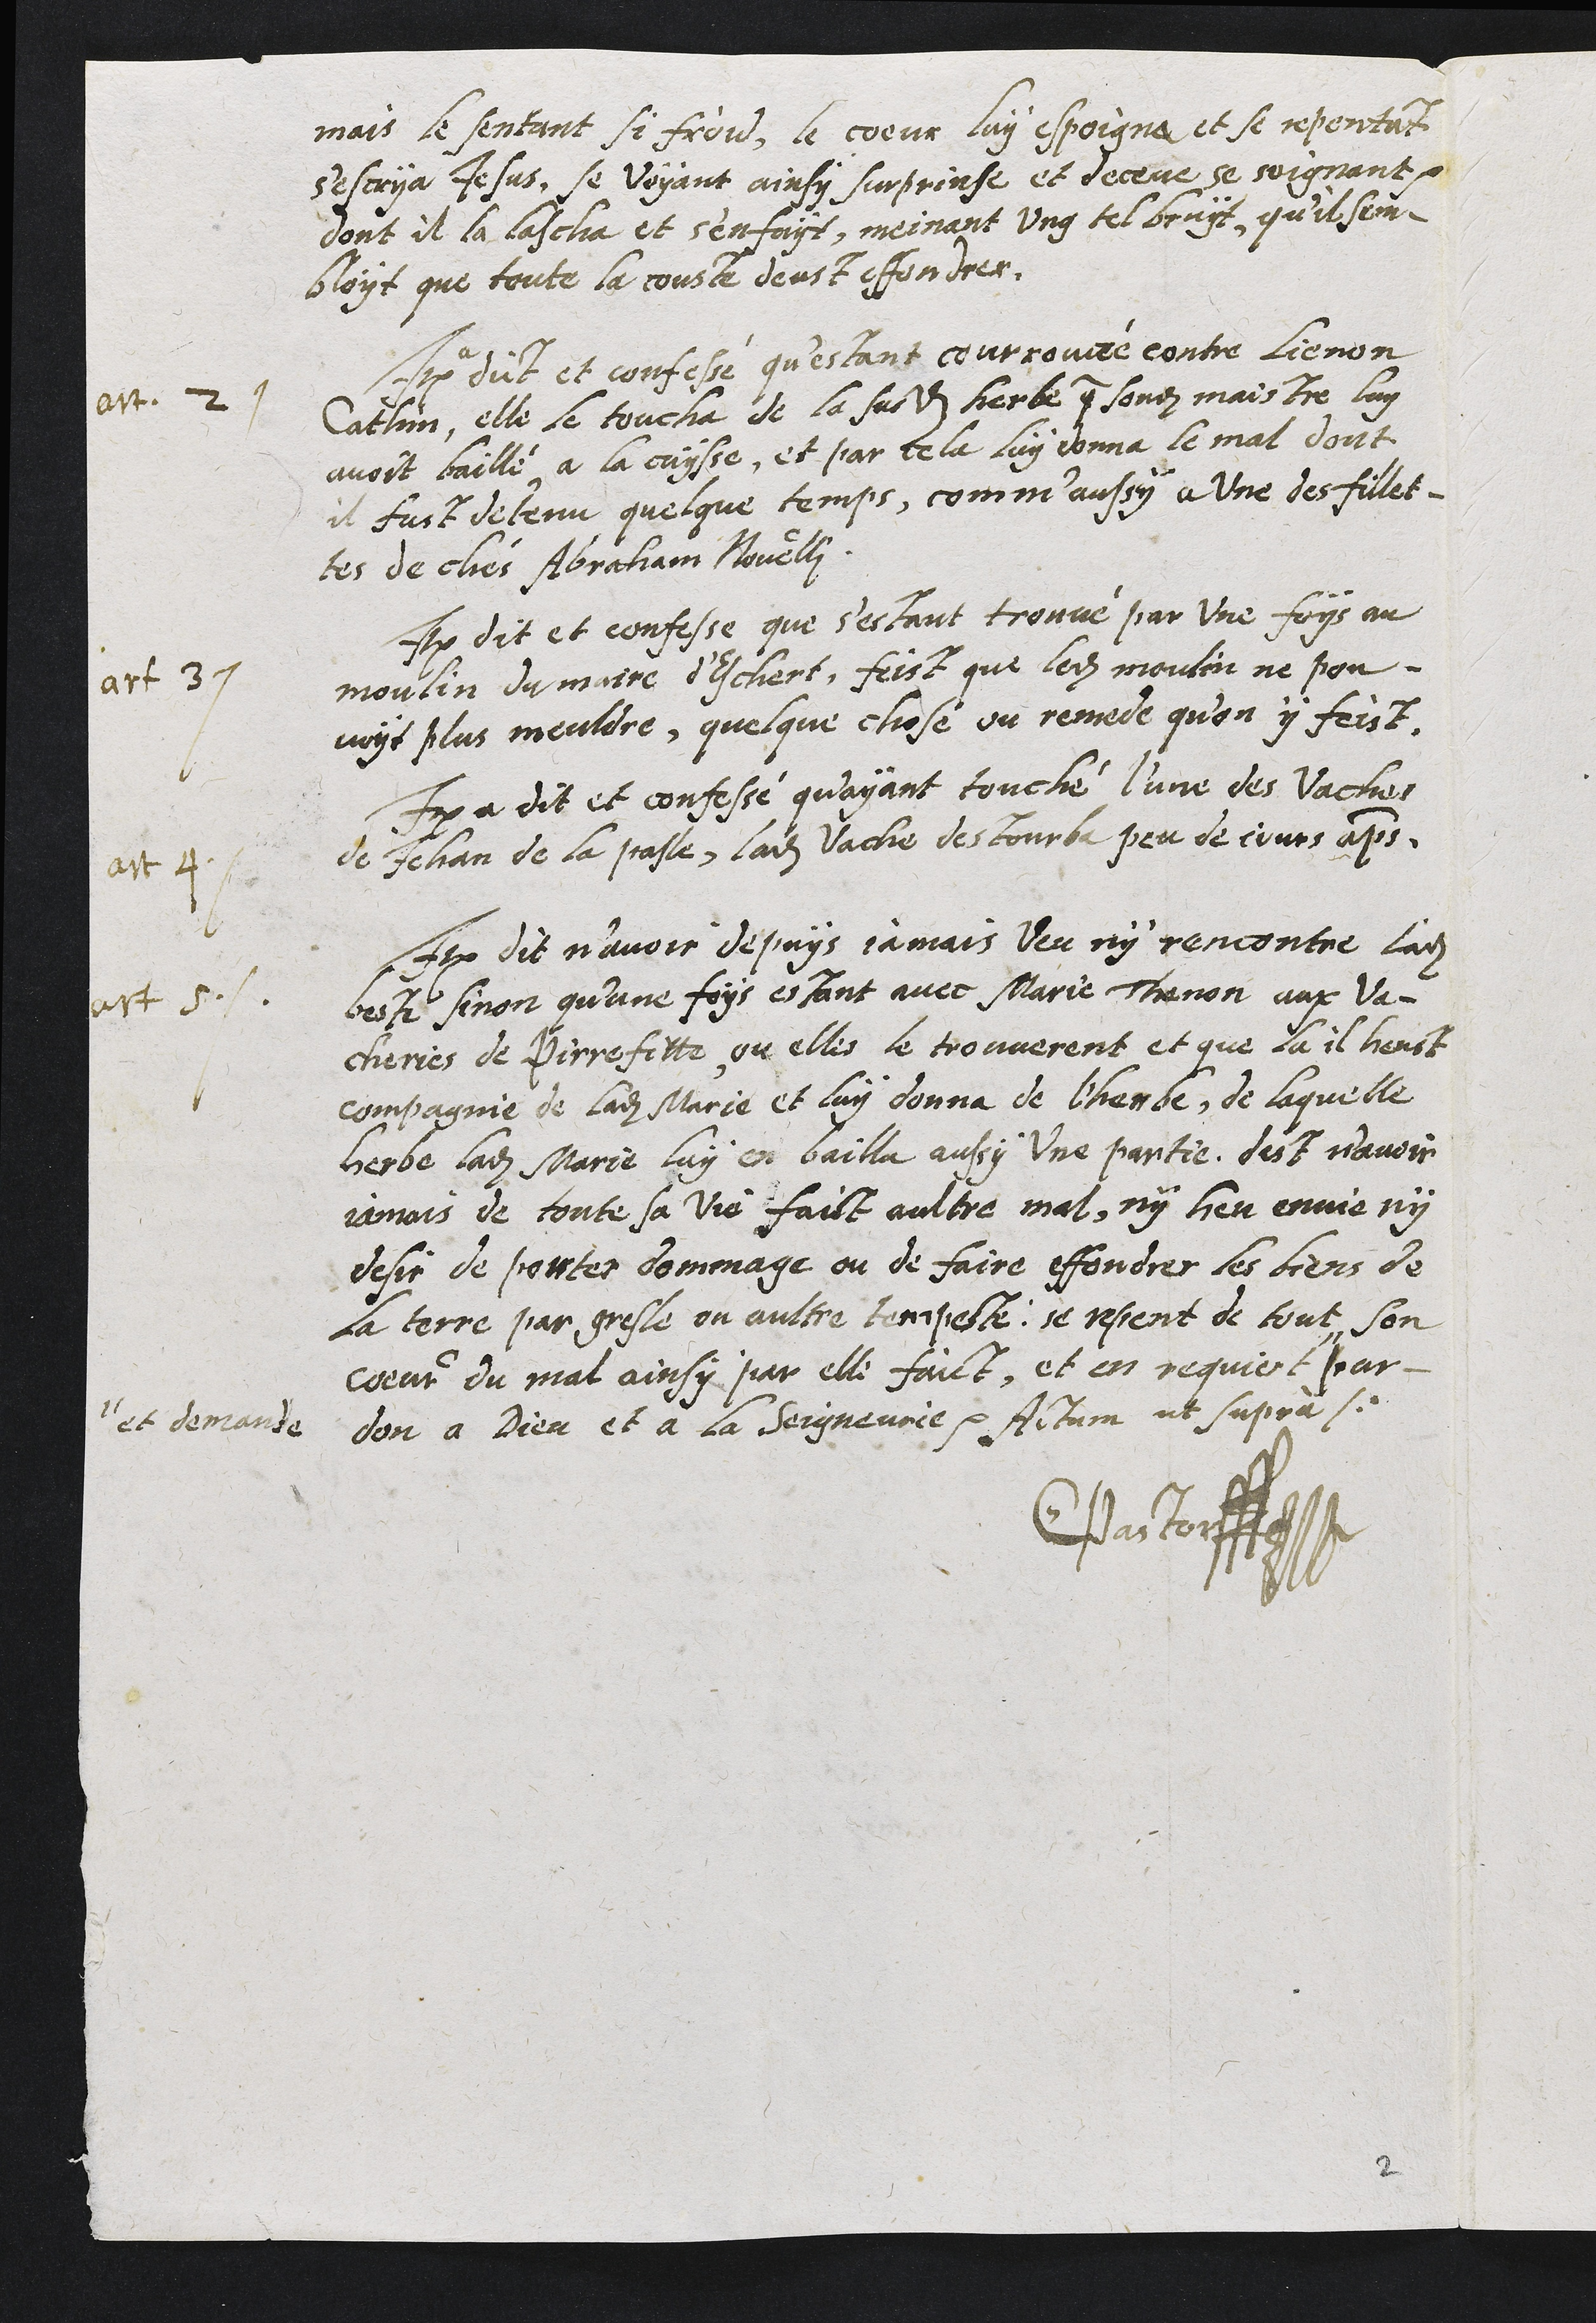
mais le sentant si froid, le coeur luy espoigna et se repentant
s'escria Jesus, se voyant ainsy surprinse et deceue se soignant
dont il la lascha et s'enfuyt, meinant ung tel bruit, qu'il sem-
bloyt que toute la couste deust effondrer.
art. 2
Item a dict et confessé qu’estant courroucée contre Lienon
Cathin, elle le toucha de la susdite herbe que sondit maistre luy
avoit baillé a la cuysse, et par cela luy donna le mal dont
il fust detenu quelque temps, comm’aussy a une des fillet-
tes de chés Abraham Novelli.
art 3
Item dit et confesse que s’estant trouvé par une foys au
moulin du maire d'Eschert, feist que ledit moulin ne pou-
voit plus mouldre, quelque chose ou remede qu'on y feist.
art. 4
Item a dit et confessé qu'ayant touché l'une des vaches
de Jehan de la pasle, ladite vache destourba peu de jours apres,
art. 5.
Item dit n’avoir depuys jamais veu ny rencontre ladite
beste sinon qu’une foys estant avec Marie Thenon aux Va-
cheries de Pirrefitte, ou elles le trouverent et que la il heust
compagnie de ladite Marie et luy donna de l'herbe, de laquelle
herbe ladite Marie luy en bailla aussy une partie, dist n’avoir
jamais de toute sa vie faict aultre mal, ny heu envie ny
desir de porter dommage ou de faire effondrer les biens de
la terre par gresle ou aultre tempeste; se repent de tout son
coeur du mal ainsy par elle faict, et en requiert
et demande
par-
don a Dieu et a la Seigneurie. Actum ut supra je
CPastor

2